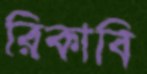
রিকাবি